Leaving Certificate Examination, 1919
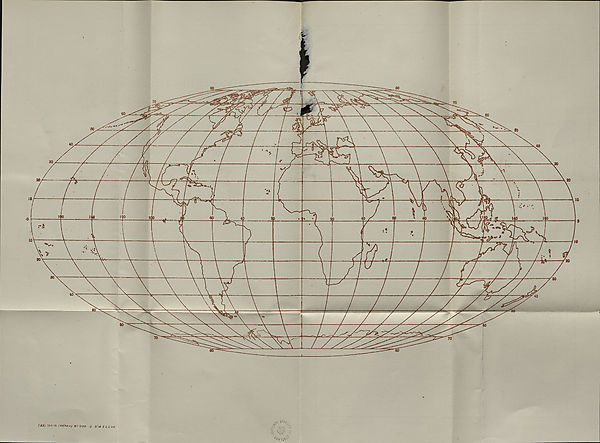
L.'fi,.
(33) 797/Cl (es7^/) w. fc 3)00 !2 5^/9 £ l 5 Ltd.